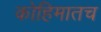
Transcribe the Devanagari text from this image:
कोहिमातच